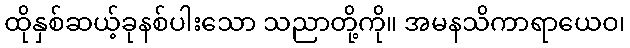
ထိုနှစ်ဆယ့်ခုနစ်ပါးသော သညာတို့ကို။ အမနသိကာရာယေဝ၊